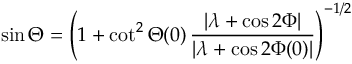
\sin \Theta = \mathopen { } \mathclose \bgroup \mathopen { } \mathclose \bgroup \mathopen { } \mathclose \bgroup \mathopen { } \mathclose \bgroup \mathopen { } \mathclose \bgroup \mathopen { } \mathclose \bgroup \mathopen { } \mathclose \bgroup \mathopen { } \mathclose \bgroup \mathopen { } \mathclose \bgroup \mathopen { } \mathclose \bgroup \left( 1 + \cot ^ { 2 } \Theta ( 0 ) \, \frac { \lvert \lambda + \cos 2 \Phi \rvert } { \lvert \lambda + \cos 2 \Phi ( 0 ) \rvert } \aftergroup \egroup \aftergroup \egroup \aftergroup \egroup \aftergroup \egroup \aftergroup \egroup \aftergroup \egroup \aftergroup \egroup \aftergroup \egroup \aftergroup \egroup \aftergroup \egroup \right) ^ { - 1 / 2 }